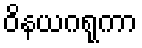
ဝိနယဂရုကာ